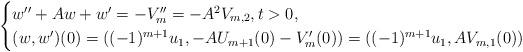
LaTeX: \begin{align*}\begin{cases}w''+Aw+w'=-V_{m}''=-A^2V_{m,2}, t>0,\\(w,w')(0)=((-1)^{m+1}u_1,-AU_{m+1}(0)-V_{m}'(0))=((-1)^{m+1}u_1,AV_{m,1}(0))\end{cases}\end{align*}